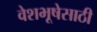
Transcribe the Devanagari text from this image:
वेशभूषेसाठी